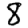
Digit: 8